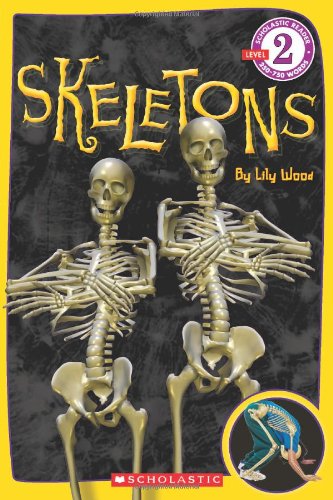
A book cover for Scholastic Reader Level 2: Skeletons; Lily Wood; Children's Books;